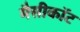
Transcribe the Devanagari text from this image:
मैसीकॉट